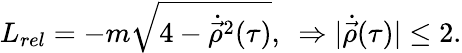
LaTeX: L_{rel}=-m\sqrt{4-\dot{\vec{\rho}}^{2}(\tau)},\, \, \, \Rightarrow|{\dot{\vec{\rho}}}(\tau)|\leq 2.